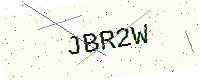
Text: JBR2W